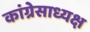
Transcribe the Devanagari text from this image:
कांग्रेसाध्यक्ष